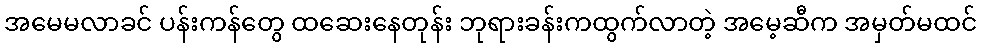
အမေမလာခင် ပန်းကန်တွေ ထဆေးနေတုန်း ဘုရားခန်းကထွက်လာတဲ့ အမေ့ဆီက အမှတ်မထင်